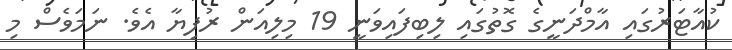
ކުއާޓަރުގައި އާމްދަނީގެ ގޮތުގައި ލިބިފައިވަނީ 19 މިލިއަން ރުފިޔާ އެވެ. ނަމަވެސް މި